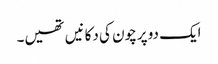
ایک دو پرچون کی دکانیں تھیں۔